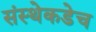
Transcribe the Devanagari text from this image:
संस्थेकडेच